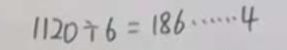
1 1 2 0 \div 6 = 1 8 6 \cdots 4